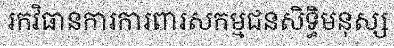
រកវិធានការការពារសកម្មជនសិទ្ធិមនុស្ស